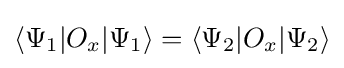
\langle \Psi _{1}|O_{x}|\Psi _{1}\rangle =\langle \Psi _{2}|O_{x}|\Psi _{2}\rangle